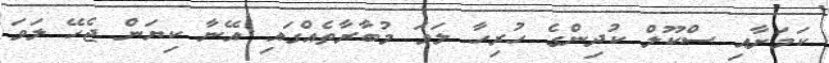
ކަމަށާއި ސްކޫލް ކުދިންގެ ހުރިހާ ލަވަ މުބާރާތެއްގައި އޭނާ ކިޔަން ޖެހޭ ލަވަ